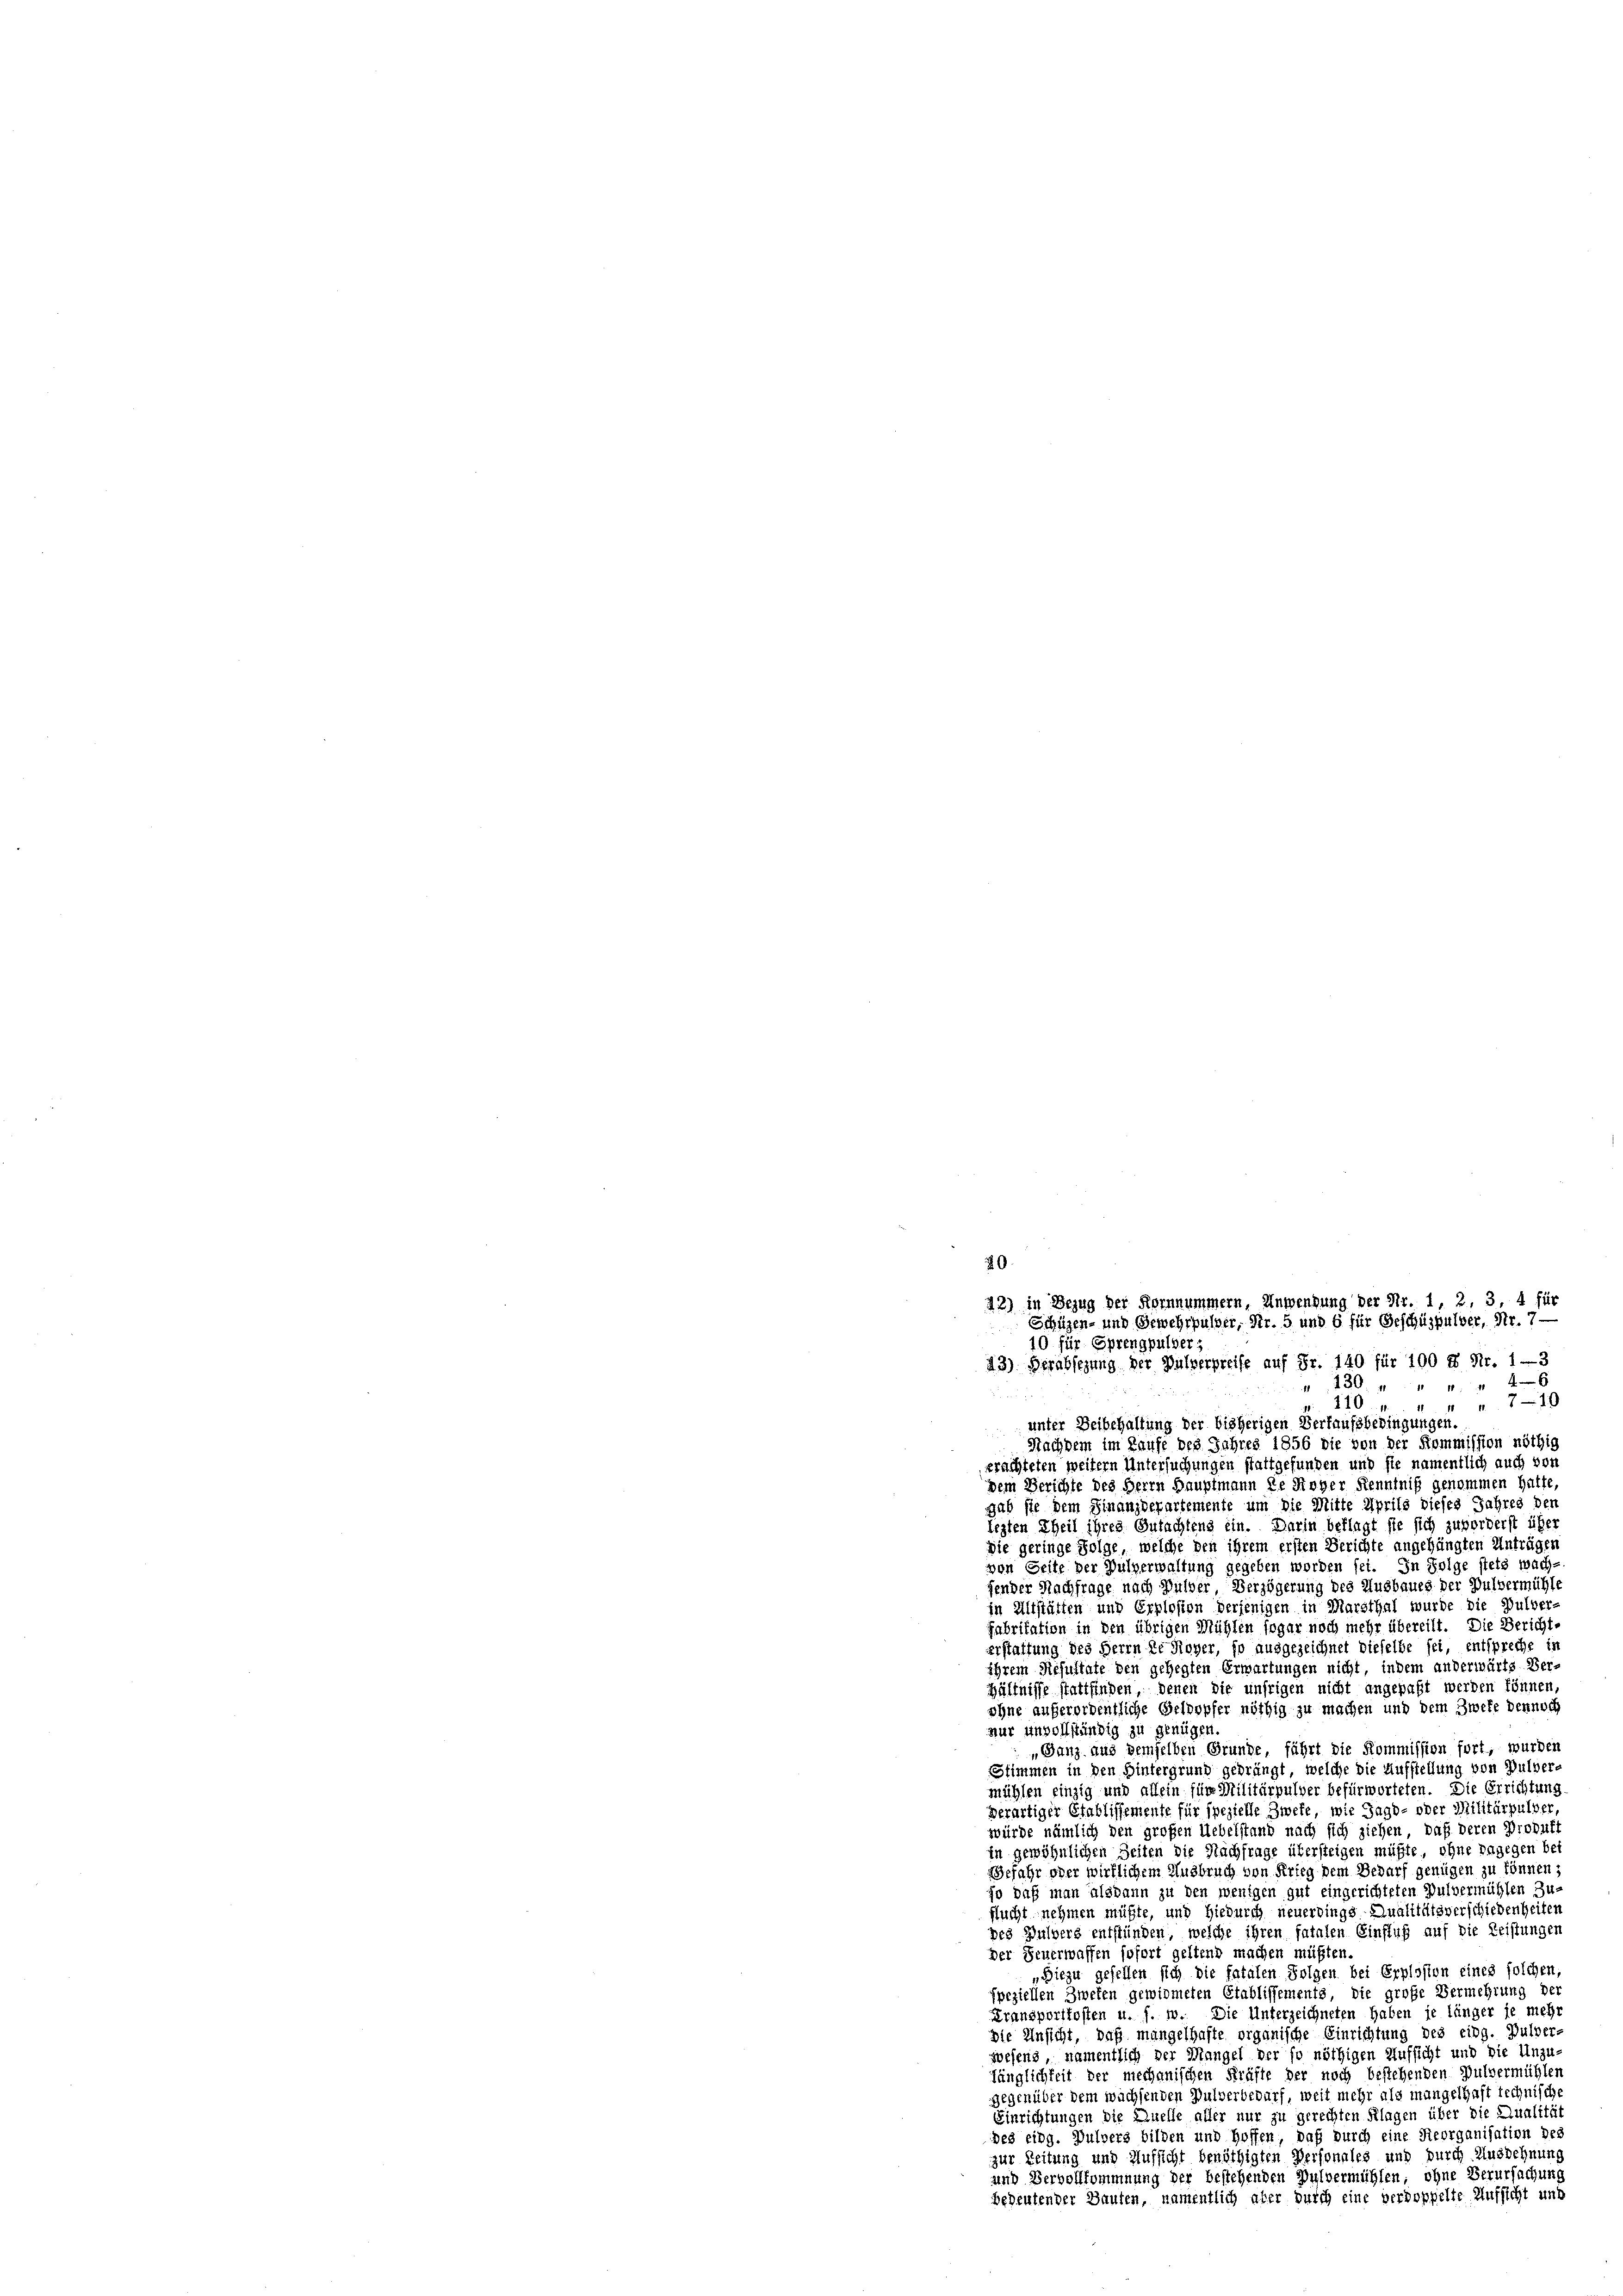
20.
42) in Bezug der Kornnummern, Anwendung der Nr. 1, 2, 3, 4 für
Schüzen- und Gewehrpulver, Fr. 5 und 6 für Geschüzpulver, Nr. 7 —
10 für Sprengpulver,
43) Berabsezung der Pulverpreife auf Fr. 140 für 100 f Nr. 1—3
130. " " " " 46

7—19
 110
1
unter Beibehaltung der bisherigen Verkaufsbedingungen.
Nachdem im Laufe des Jahres 1856 die von der Kommission nöthig

prachteten weitern Untersuchungen stattgefunden und sie namentlich auch von
dem Berichte des Herrn Hauptmann de Royer Kenntniß genommen hatte,
gab sie dem Finanzdepartemente um die Mitte Aprils dieses Jahres den
lezten Theil ihres Gutachtens ein. Darin beklagt sie sich zuforderst über
Die geringe Folge, welche den ihrem ersten Berichte angehängten Anträger
von Seite der Pulverwaltung gegeben worden sei. In Folge stets wach-
fender Nachfrage nach Bulver Verzögerung des Ausbaues der Pulvermühle
in Altstätten und Erplosion derjenigen in Marsthal wurde die Pulver-
Fabritation in den übrigen Mühlen sogar noch mehr übereilt. Die Bericht-
erstattung des Herrn DeRoyer, so ausgezeichnet dieselbe sei, entspreche in
ihrem Resultate den gehegten Erwartungen nicht, indem anderwärts Ver-
hältnisse stattfinden, denen die unsrigen nicht angepaßt werden können,
ohne außerordentliche Geldopfer nöthig zu machen und dem Zweke dennoch
nur unvollständig zu genügen.
„Ganz aus demselben Grunde, führt die Kommission fort, wurden
Stimmen in den Hintergrund gedrängt, welche die Aufstellung von Pulver
mühlen einzig und allein für Militärpulver befürworteten. Die Errichtung
derartiger Etablissemente für spezielle Zweke, wie Jagd- oder Militärpulver,
würde nämlich den großen Uebelstand nach sich ziehen, daß deren Produkt
in gewöhnlichen Seiten die Nachfrage übersteigen müßte, ohne dagegen bei
efahr oder wirklichem Ausbruch von Krieg dem Bedarf genügen zu können,
so daß man alsdann zu den wenigen gut eingerichteten Pulvermühlen Zu-
flucht nehmen müßte, und hiedurch neuerdings Qualitiftsverschiedenheiten
pes Pulvers entstünden, welche ihren fatalen Einfluß auf die Leistungen
der Feuerwaffen sofort geltend machen müßten.
„Biezu gefellen sich die fatalen Folgen bei Erplosion eines solchen,
speziellen Zweten gewidmeten Etablissements, die große Vermehrung der
Fransportkosten u. s. w. Die Unterzeichneten haben je länger je mehr
die Ansicht, daß mangelhafte organische Einrichtung des eidg. Pulver-
wesens, namentlich der Mangel der so nöthigen Aufsicht und die Unzu-
länglichkeit der mechanischen Kräfte der noch bestehenden Pulvermühlen
gegenüber dem wachsenden Pulverbedarf, weit mehr als mangelhaft technisch,
Einrichtungen die Quelle aller nur zu gerechten Klagen über die Qualität
des eidg. Pulvers bilden und hoffen, daß durch eine Sieorganisation des
zur Zeitung und Aufsicht benöthigten Personales und durch Ausdehnung
und Vervollkommnung der bestehenden Pulvermühlen, ohne Verursachung
bedeutender Haufen, namentlich aber durch eine verdoppelte Aufsicht und